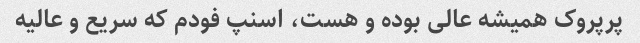
پرپروک همیشه عالی بوده و هست، اسنپ فودم که سریع و عالیه